Regulations for the medical services of the Army of India
Year: 1930
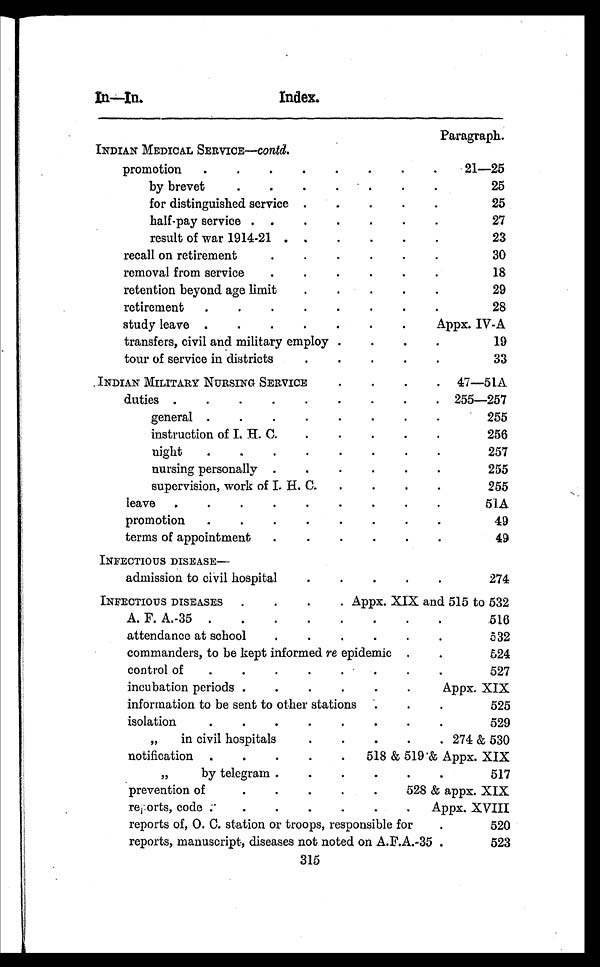
In—In.
Index.
Paragraph.
INDIAN MEDICAL SERVICE—contd.
P r o m o t i o n . . .
21—25
by brevet. . .
2 5
for distinguished service . . .
25
half-pay service . . .
27
result of war 1914-21 . . .
23
recall on retirement . . .
3 0
removal from service. . .
18
retention beyond age limit . . .
29
retirement . . .
2 8
study leave . . .
Appx. IV-A
transfers, civil and military employ . . .
1 9
t o u r o f s e r v i c e i n d i s t r i c t s . . .
3 3
INDIAN MILITARY NURSING SERVICE . . .
47—51A
duties . . .
255—257
g e n e r a l . . .
255
instruction of I. H. C. . . .
256
night . . .
2 5 7
nursing personally . . .
255
supervision, work of I. H. C. . . .
255
leave . . .
51A
promotion . . .
49
terms of appointment . . .
49
INFECTIOUS DISEASE
–
admission to civil hospital. . .
274
INFECTIOUS DISEASES . . .
Appx. XIX and 515 to 532
A. F. A.-35 . . .
516
attendance at school . . .
532
commanders, to be kept informed re epidemic . . .
524
control o f. . .
527
incubation periods . . .
Appx. XIX
information to be sent to other stations . . .
525
isolation . . .
529
„
in civil hospitals . . .
274 & 530
notification
. . .
518 & 519 & Appx. XIX
” b y t e l e g r a m . . .
517
prevention of . . .
528 & appx. XIX
reports, code . . .
Appx. XVIII
reports of, O. C. station or troops, responsible for . . .
520
reports, manuscript, diseases not noted on A.F.A.-35 . . .
523
315